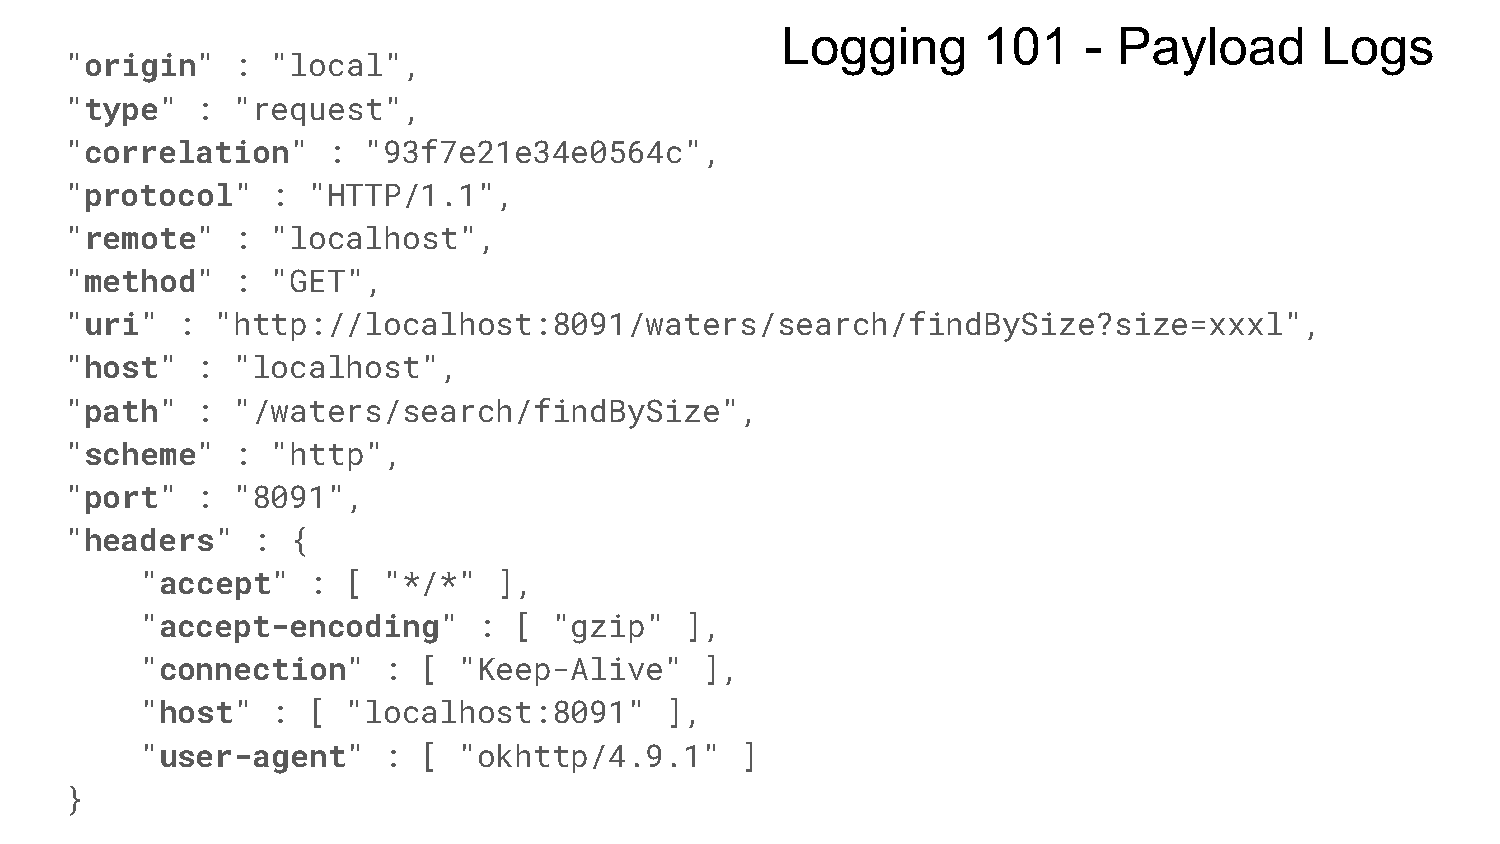
Logging      101    - Payload      Logs
 "origin"   :  "local",
 "type"   : "request",
 "correlation"     : "93f7e21e34e0564c",
 "protocol"    : "HTTP/1.1",
 "remote"   :  "localhost",
 "method"   :  "GET",
 "uri"   : "http://localhost:8091/waters/search/findBySize?size=xxxl",
 "host"   : "localhost",
 "path"   : "/waters/search/findBySize",
 "scheme"   :  "http",
 "port"   : "8091",
 "headers"    : {
 "accept"   :  [ "*/*"   ],
 "accept-encoding"      : [  "gzip"  ],
 "connection"    :  [ "Keep-Alive"     ],
 "host"   : [  "localhost:8091"     ],
 "user-agent"    :  [ "okhttp/4.9.1"     ]
 }